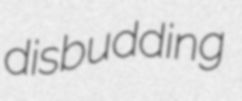
disbudding